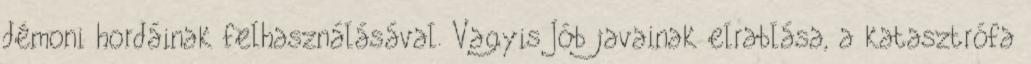
démoni hordáinak felhasználásával. Vagyis Jób javainak elrablása, a katasztrófa